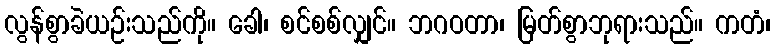
လွန်စွာခဲယဉ်းသည်ကို။ ခေါ၊ စင်စစ်လျှင်။ ဘဂဝတာ၊ မြတ်စွာဘုရားသည်။ ကတံ၊